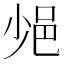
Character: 𨚈